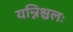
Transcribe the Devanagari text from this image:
यन्निश्चलः